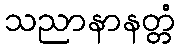
သညာနာနတ္တံ